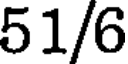
51/6